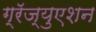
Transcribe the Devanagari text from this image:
ग्रॅज्युएशन